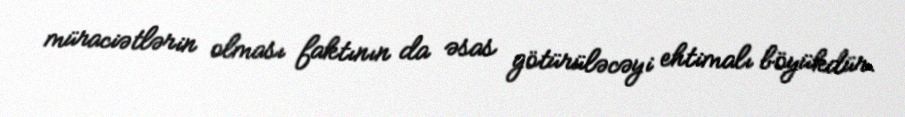
müraciətlərin olması faktının da əsas götürüləcəyi ehtimalı böyükdür.